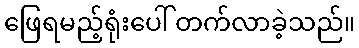
ဖြေရမည့်ရုံးပေါ် တက်လာခဲ့သည်။